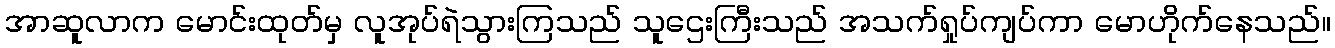
အာဆူလာက မောင်းထုတ်မှ လူအုပ်ရဲသွားကြသည် သူဌေးကြီးသည် အသက်ရှုပ်ကျပ်ကာ မောဟိုက်နေသည်။